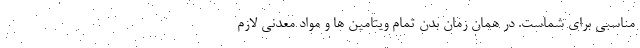
مناسبی برای شماست. در همان زمان بدن تمام ویتامین ها و مواد معدنی لازم